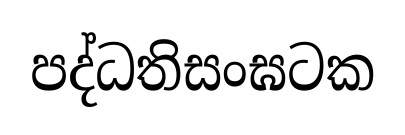
පද්ධතිසංඝටක